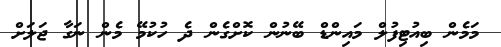
މަމެން ބިއުޓިފުލް މައިންޑް ބޭނުން ކޮށްގެން ދެ ހުކުމޭ މެން ނަގާ ޖަލަށް